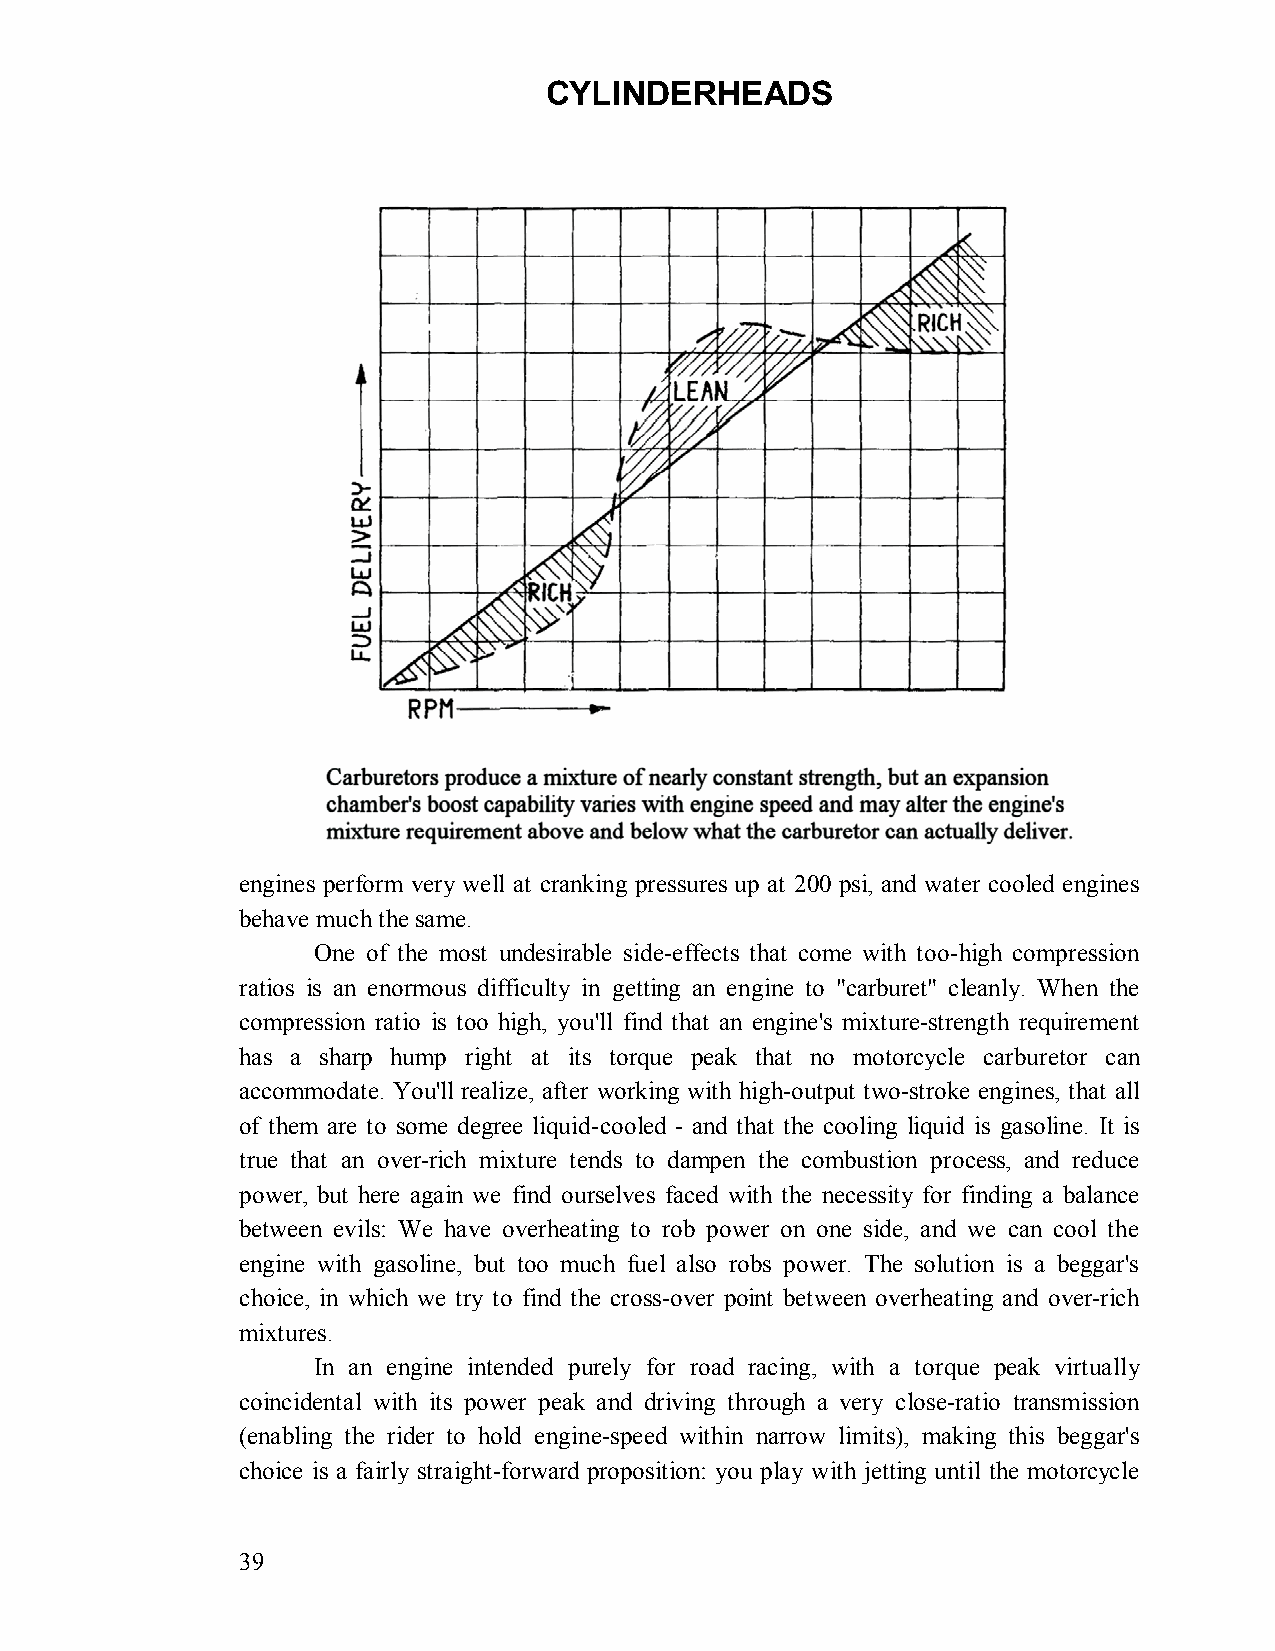
CYLINDERHEADS
 engines perform very well at cranking pressures up at 200 psi, and water cooled engines
 behave much the same.
 One of the most undesirable side-effects that come with too-high compression
 ratios is an enormous difficulty in getting an engine to "carburet" cleanly. When the
 compression ratio is too high, you'll find that an engine's mixture-strength requirement
 has a sharp hump right at its torque peak that no motorcycle carburetor can
 accommodate. You'll realize, after working with high-output two-stroke engines, that all
 of them are to some degree liquid-cooled - and that the cooling liquid is gasoline. It is
 true that an over-rich mixture tends to dampen the combustion process, and reduce
 power, but here again we find ourselves faced with the necessity for finding a balance
 between evils: We have overheating to rob power on one side, and we can cool the
 engine with gasoline, but too much fuel also robs power. The solution is a beggar's
 choice, in which we try to find the cross-over point between overheating and over-rich
 mixtures.
 In an engine intended purely for road racing, with a torque peak virtually
 coincidental with its power peak and driving through a very close-ratio transmission
 (enabling the rider to hold engine-speed within narrow limits), making this beggar's
 choice is a fairly straight-forward proposition: you play with jetting until the motorcycle
 39